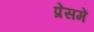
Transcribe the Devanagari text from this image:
प्रेसमें